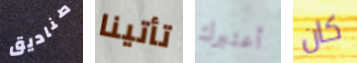
صناديق تأتينا أعتبرك كان